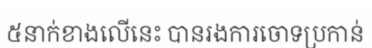
៥នាក់ខាងលើនេះ បានរងការចោទប្រកាន់